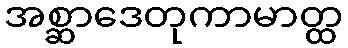
အစ္ဆာဒေတုကာမာတ္ထ